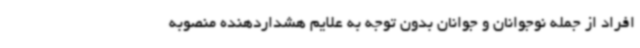
افراد از جمله نوجوانان و جوانان بدون توجه به علایم هشداردهنده منصوبه